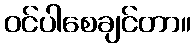
ဝင်ပါစေချင်တာ။